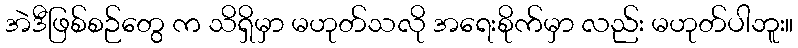
အဲဒီဖြစ်စဉ်တွေ က သိရှိမှာ မဟုတ်သလို အရေးစိုက်မှာ လည်း မဟုတ်ပါဘူး။